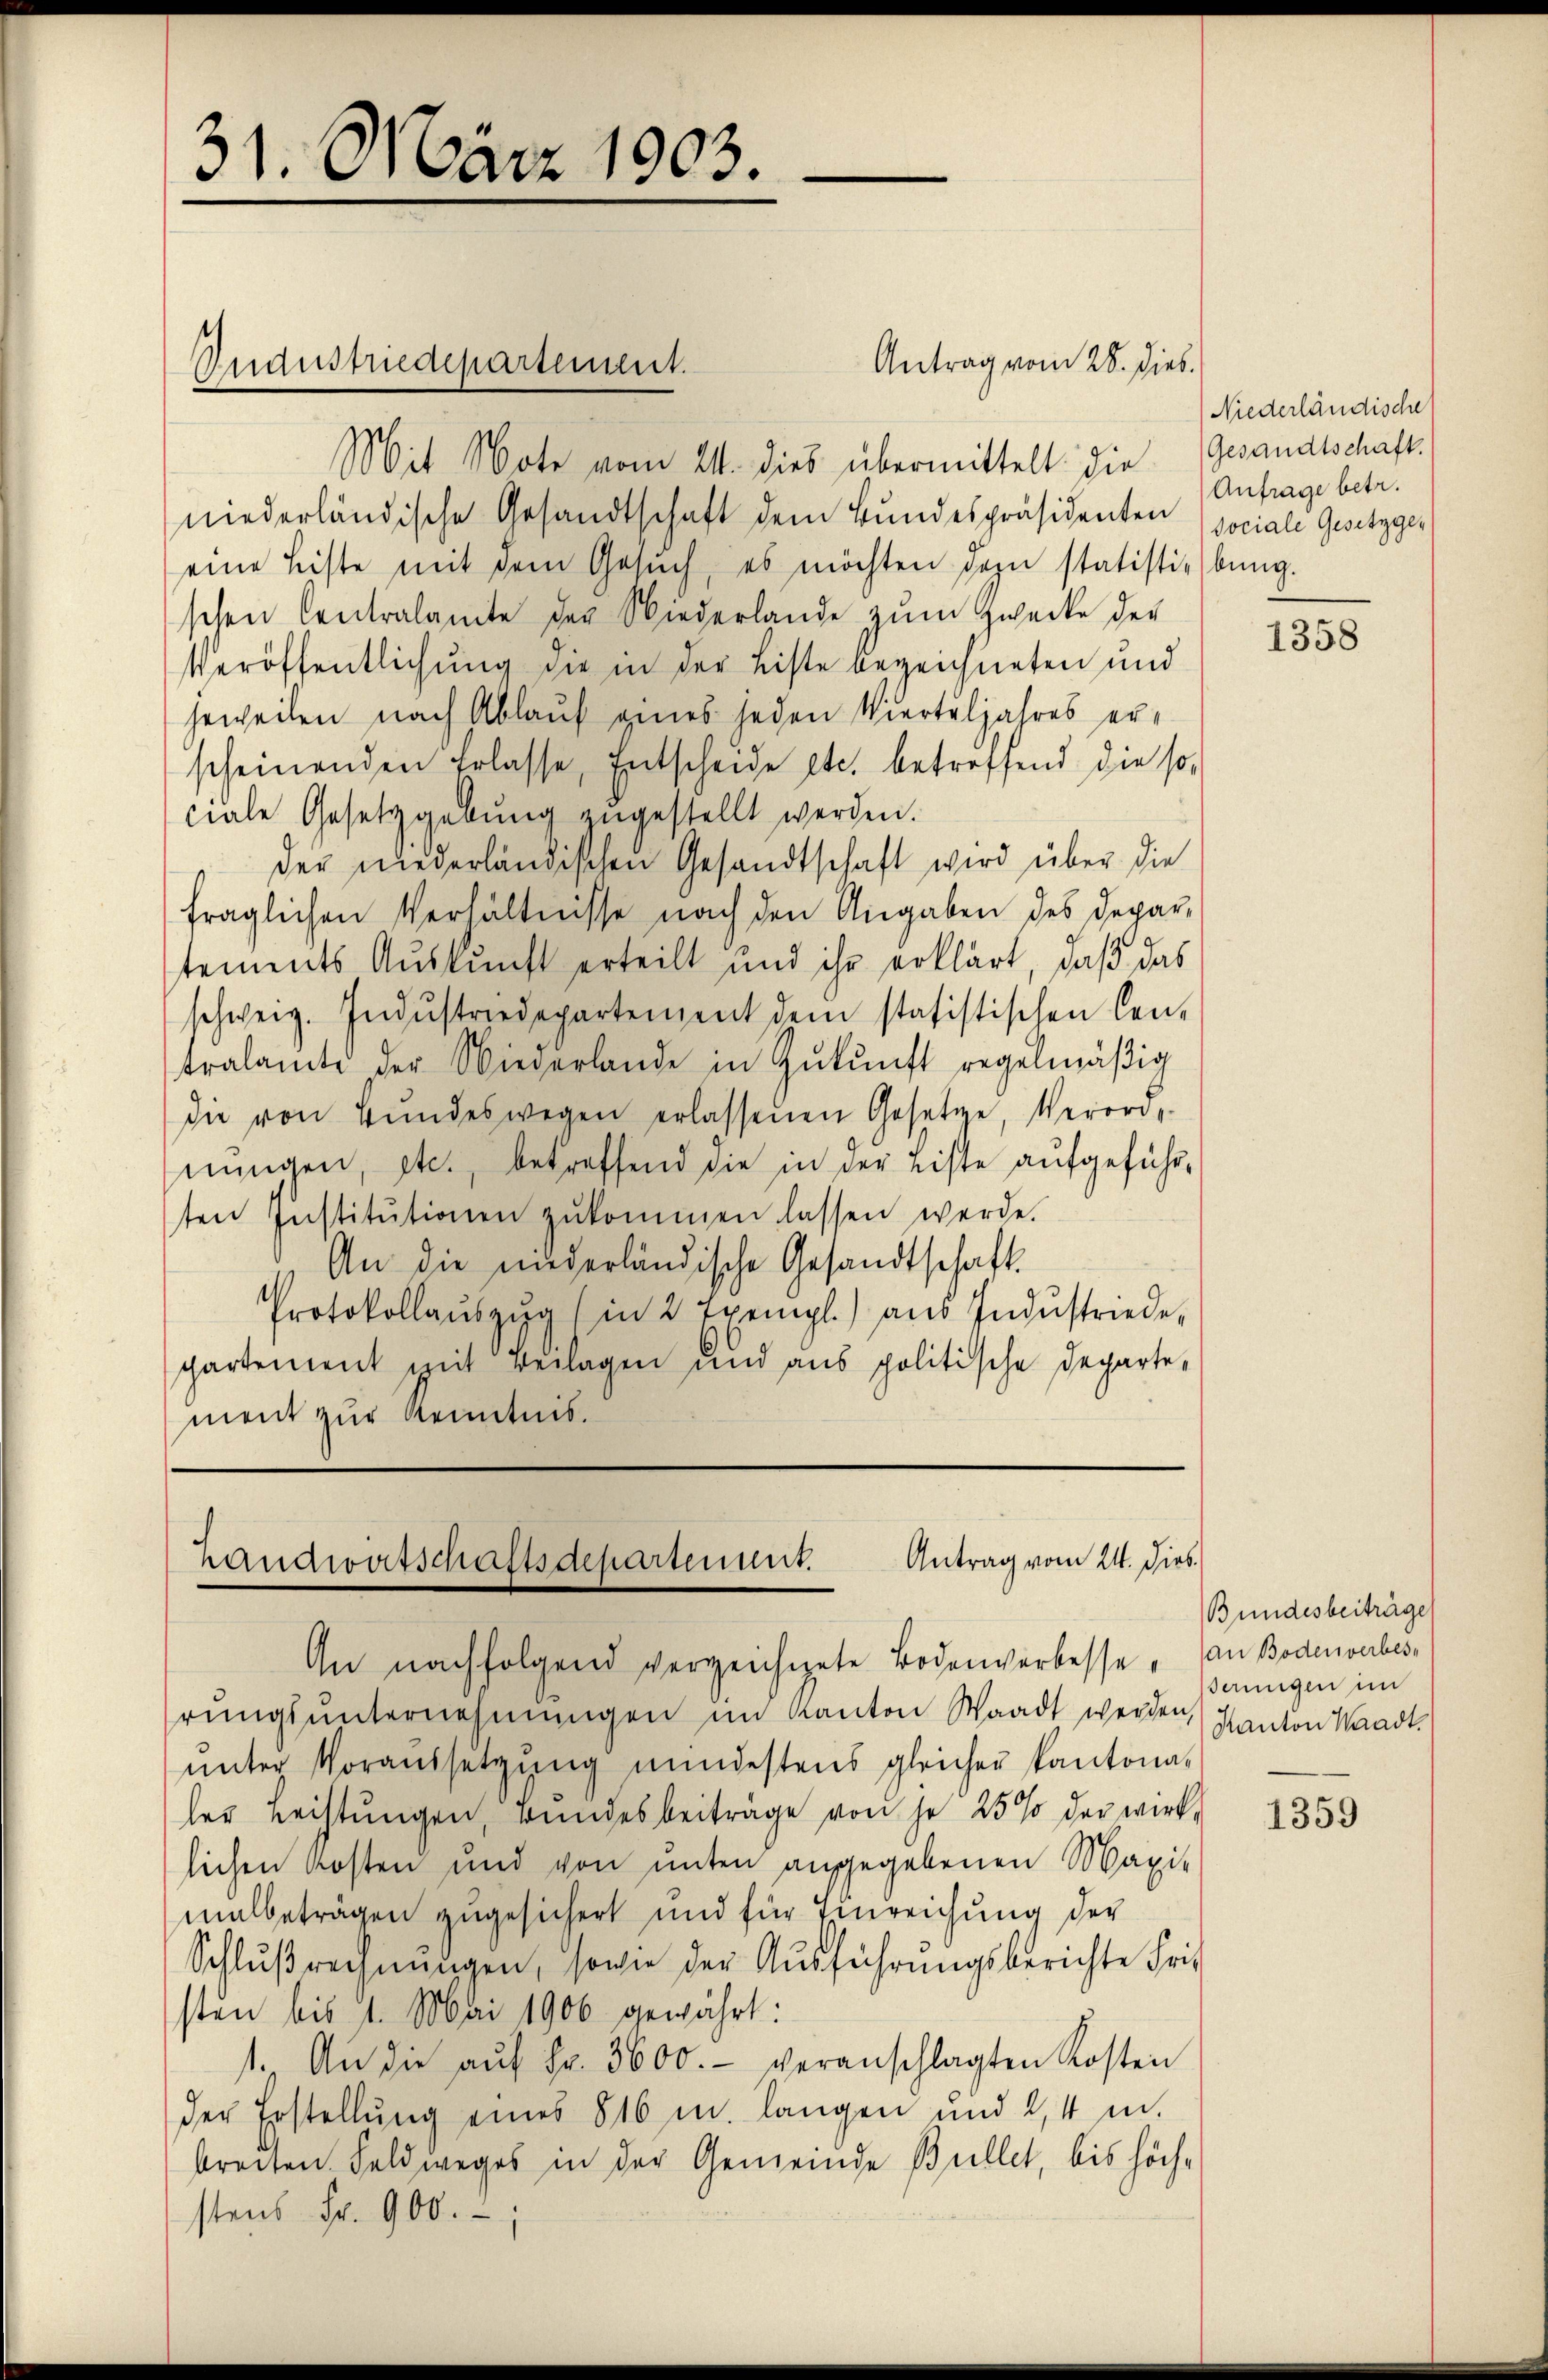
31. März 1903.

Mit Note vom 21. dies übermittelt die Gesandtschaft
niederländische Gesandtschaft dem Bundespräsidenten (sociale Gesetzger
eine Leiste mit dem Gesŭch, es möchten dazu statistiebung.
schen Centralamte der Niederlande zum Zwecke der
Veröffentlichung die in der Liste erzeichneten und
jeweilen nach Ablauf eines jeden Vierteljahres erscheinenden Erlasse, Entscheide etc. betreffend die so,
ciale Gesetzgebŭng zugestellt werden.
der niederländischen Gesandtschaft wird über die
fraglichen Verhältnisse nach den Angaben des Depar-
tements Auskunft erteilt und ihr erklärt, daß das
schweiz. Indŭstriedepartement dem statistischen Cen-
tralamte der Wiederlande in Zŭkŭnft regelmäßig
die von Bŭndeswegen erlassenen Gesetze, Verord-
nŭngen, etc., betreffend die in der Liste aufgeführten Institŭtionen zŭkommen lassen werde.
An die niederländische Gesandtschaft
Protokollaŭszŭg (in 2 Exempl.) aus Indŭstriede,
partement mit Beilagen und aus politische Departe,
ment zur Kenntnis.

Industriedepartement.

Landwirtschaftsdepartement. Antrag vom 24. Dies.
An nachfolgend verzeichnete Bodenverbesse, an Bodenverbes,

Antrag vom 28. Dieb.

Niederländische
Anfrage betr.

rŭngsŭnternehmungen im Kanton Waadt werden Kanton Waadt.
ŭnter Voraussetzŭng mindestens gleicher Kantonaler Leistungen, Bundesbeiträge von je 25% der wirklichen Kosten und von unten angegebenen Maxi-
malbeträgen zugesichert und für Einreichung der
Schlußrechnŭngen, sowie der Ausführungsberichte Frie
sten bis 1. Mai 1906 gewährt:
1. An die aŭf Fr. 3600.- veranschlagten Kosten
der Erstellung eines 816 u. langen und 2, 4 u.
breiten Feldweges in der Gemeinde Bullet, bis höchstens Fr. 900.-,

1358

Bundesbeiträge
deringen im

1359